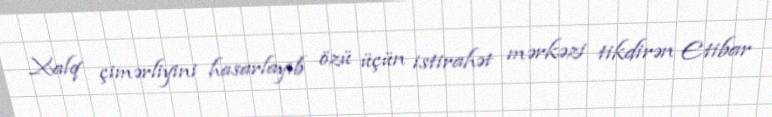
Xalq çimərliyini hasarlayıb özü üçün istirahət mərkəzi tikdirən Etibar